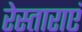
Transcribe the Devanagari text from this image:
रेस्ताराएं